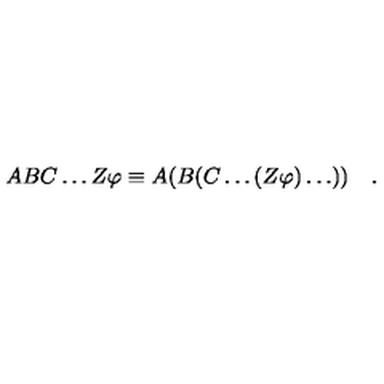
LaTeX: A B C \ldots Z \varphi \equiv A ( B ( C \ldots ( Z \varphi ) \ldots ) ) \quad .